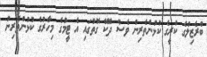
ބްރެޒިލްގެ ކުރީގެ ކުޅުންތެރިން ވެސް ދެކޭ ގޮތުގައި އެ ޓީމުގެ މިހާރުގެ ކުޅުންތެރިން